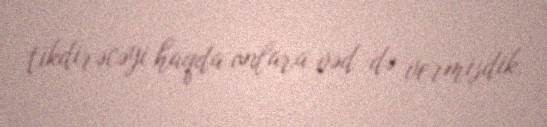
tikdirəcəyi haqda onlara vəd də vermişdik.